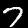
Label: 7